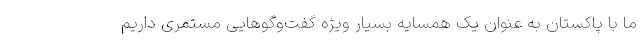
ما با پاکستان به عنوان یک همسایه بسیار ویژه گفت‌وگوهایی مستمری داریم